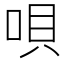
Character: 唄